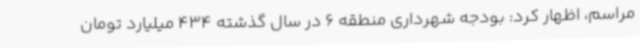
مراسم، اظهار کرد: بودجه شهرداری منطقه 6 در سال گذشته 434 میلیارد تومان